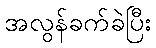
အလွန်ခက်ခဲပြီး